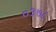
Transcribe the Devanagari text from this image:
०३७८